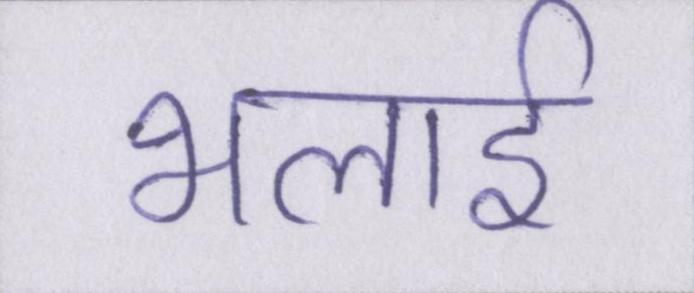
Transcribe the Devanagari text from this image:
भलाई